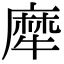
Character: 犘